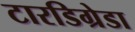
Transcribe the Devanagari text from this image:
टारडिग्रेडा